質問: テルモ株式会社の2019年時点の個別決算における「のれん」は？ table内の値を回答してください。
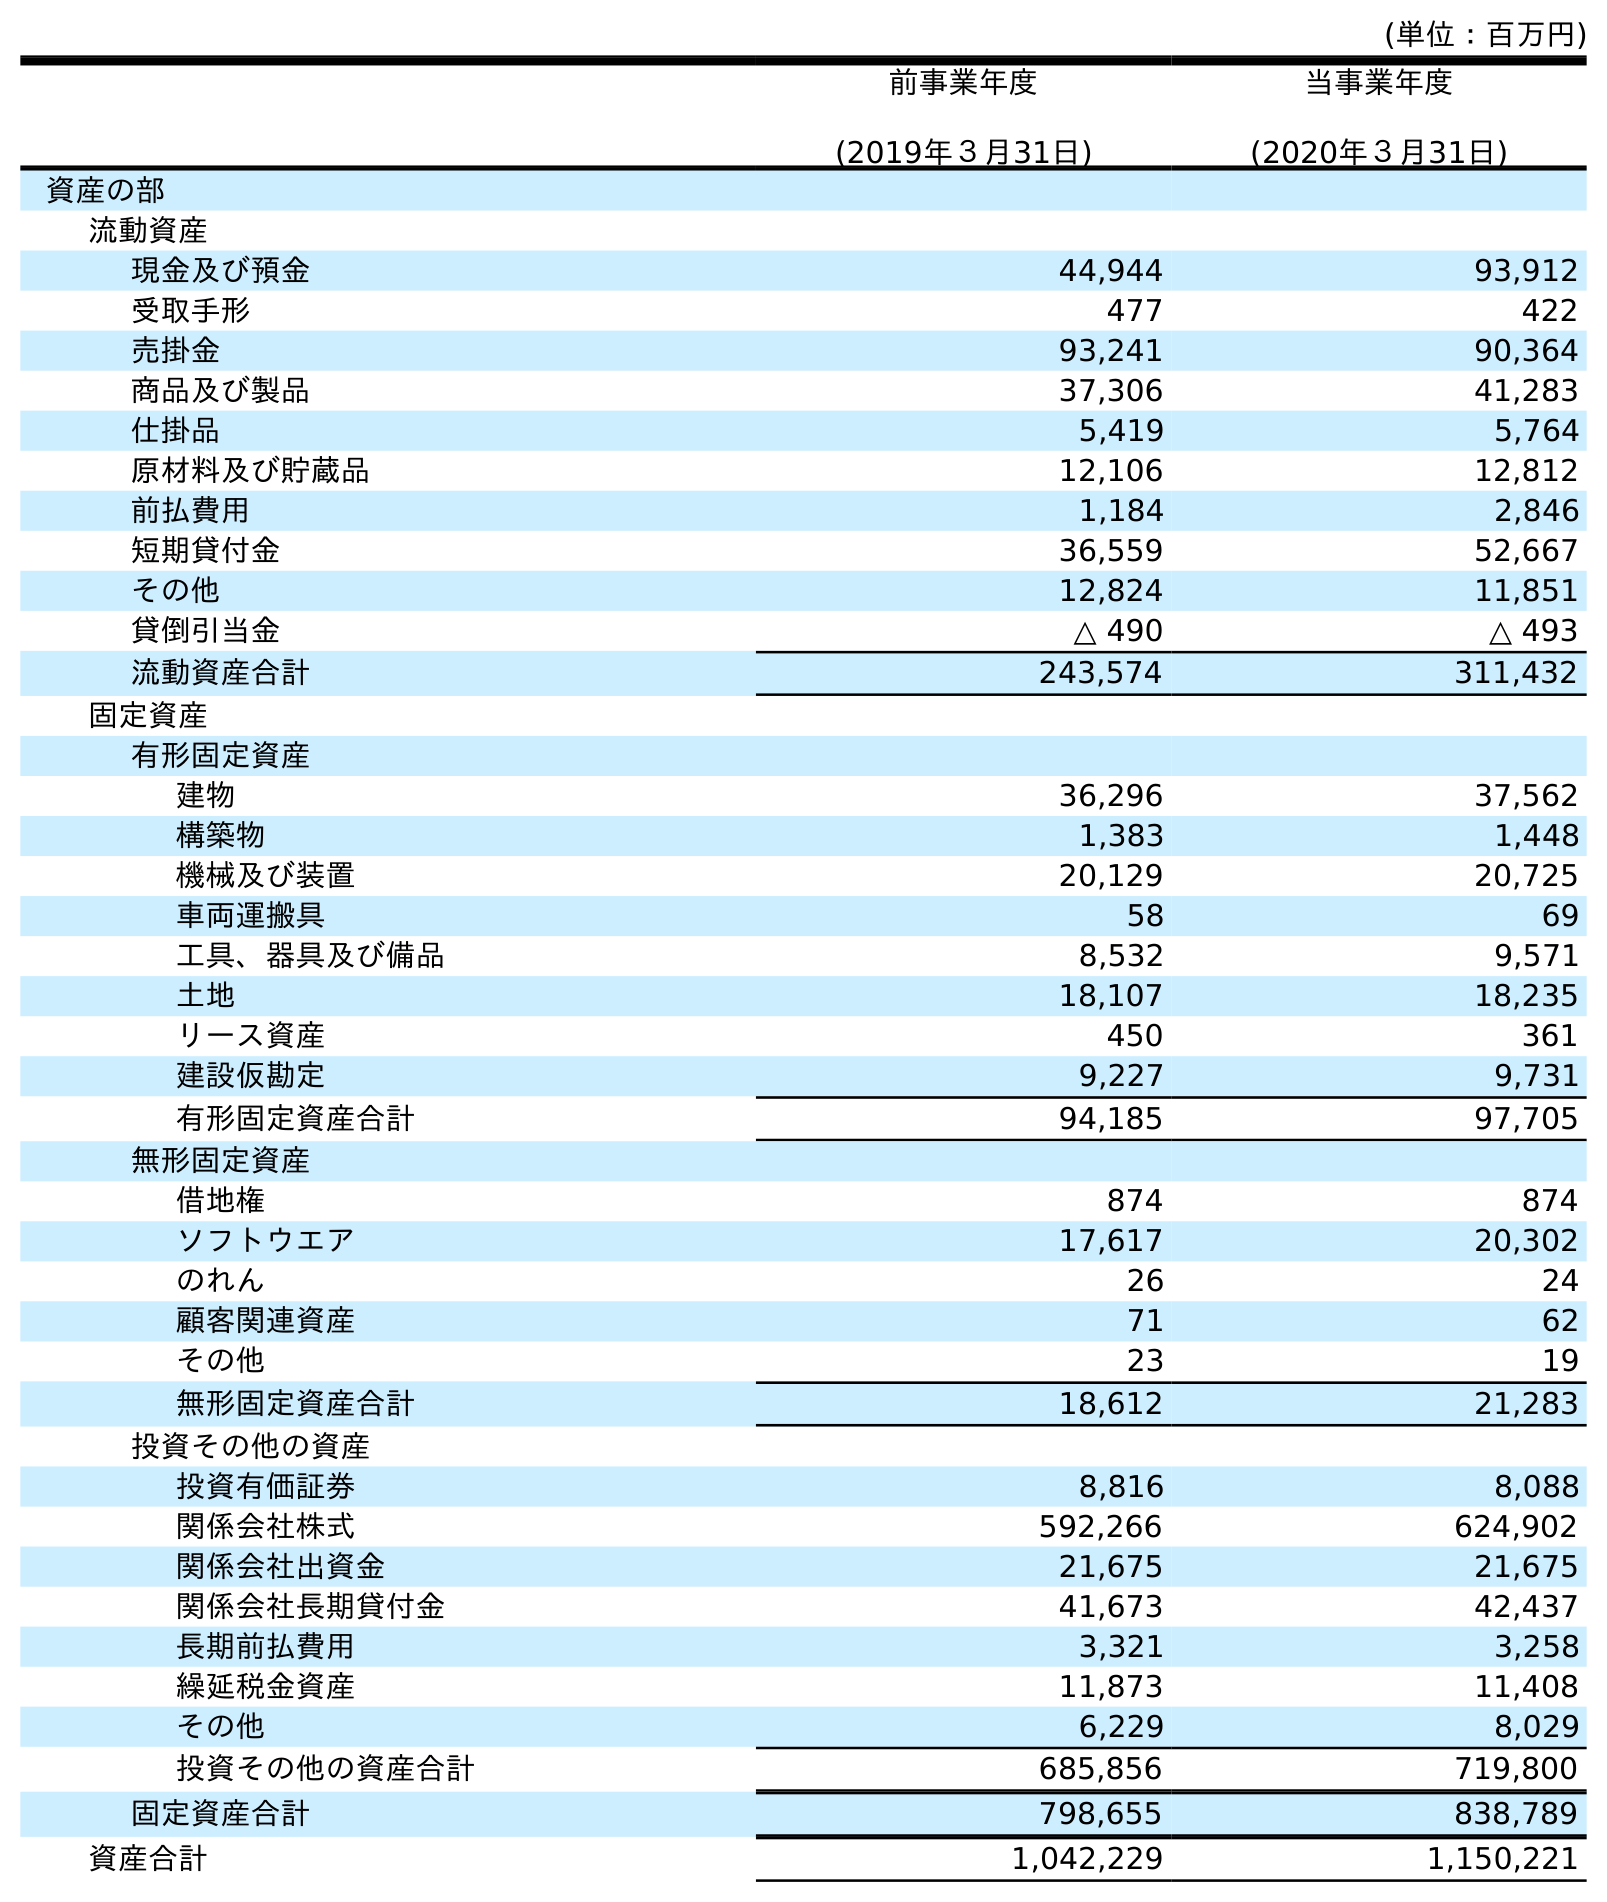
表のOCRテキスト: (単位：百万円) 前事業年度 (2019年３月31日) 当事業年度 (2020年３月31日) 資産の部 流動資産 現金及び預金 44,944 93,912 受取手形 477 422 売掛金 93,241 90,364 商品及び製品 37,306 41,283 仕掛品 5,419 5,764 原材料及び貯蔵品 12,106 12,812 前払費用 1,184 2,846 短期貸付金 36,559 52,667 その他 12,824 11,851 貸倒引当金 △ 490 △ 493 流動資産合計 243,574 311,432 固定資産 有形固定資産 建物 36,296 37,562 構築物 1,383 1,448 機械及び装置 20,129 20,725 車両運搬具 58 69 工具、器具及び備品 8,532 9,571 土地 18,107 18,235 リース資産 450 361 建設仮勘定 9,227 9,731 有形固定資産合計 94,185 97,705 無形固定資産 借地権 874 874 ソフトウエア 17,617 20,302 のれん 26 24 顧客関連資産 71 62 その他 23 19 無形固定資産合計 18,612 21,283 投資その他の資産 投資有価証券 8,816 8,088 関係会社株式 592,266 624,902 関係会社出資金 21,675 21,675 関係会社長期貸付金 41,673 42,437 長期前払費用 3,321 3,258 繰延税金資産 11,873 11,408 その他 6,229 8,029 投資その他の資産合計 685,856 719,800 固定資産合計 798,655 838,789 資産合計 1,042,229 1,150,221
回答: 26